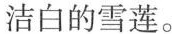
洁白的雪莲。